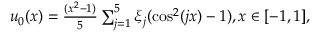
\begin{array} { r } { u _ { 0 } ( x ) = \frac { ( x ^ { 2 } - 1 ) } { 5 } \sum _ { j = 1 } ^ { 5 } \xi _ { j } ( \cos ^ { 2 } ( j x ) - 1 ) , x \in [ - 1 , 1 ] , } \end{array}